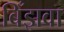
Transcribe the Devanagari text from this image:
बिँझवा